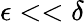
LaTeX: \epsilon<<\delta